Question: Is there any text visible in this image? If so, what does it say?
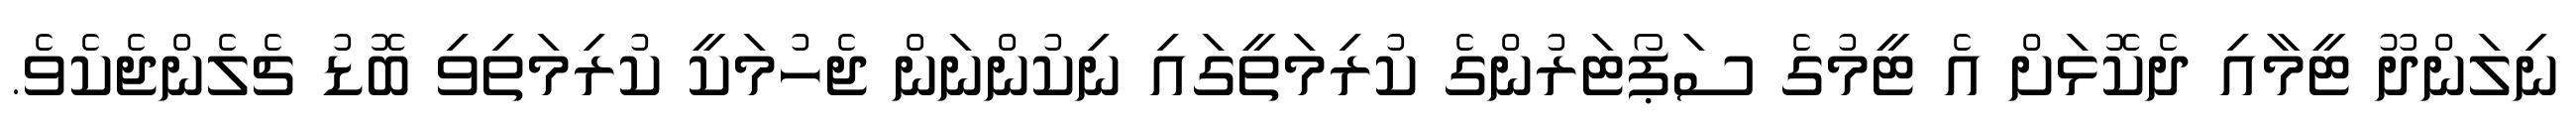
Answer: ނިލަންދޫ ޓީމާއި ދެކޮޅަށް އެ ޓީމުގެ ސަޕޯޓަރުންގެ ކުރިމަތީގައި ނިކުންނަން ޖެހުމަކީ ކުރިމަތިވި ބޮޑު ޗެލެންޖެކެވެ.